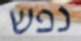
נפש